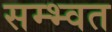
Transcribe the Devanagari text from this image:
सम्भ्वत